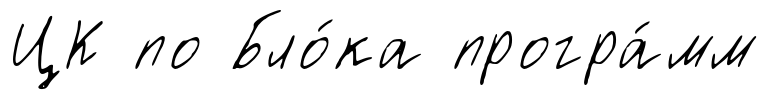
ЦК по Бло́ка програ́мм